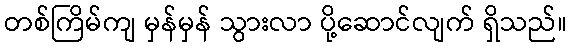
တစ်ကြိမ်ကျ မှန်မှန် သွားလာ ပို့ဆောင်လျက် ရှိသည်။